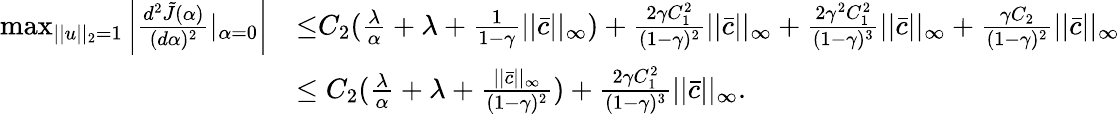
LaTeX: \begin{array}{rl}{\operatorname*{max}_{||u||_{2}=1}\left|\frac{d^{2}\tilde{J}(\alpha)}{(d\alpha)^{2}}|_{\alpha=0}\right|}&{{\le}C_{2}(\frac{\lambda}{\alpha}+\lambda+\frac{1}{1-\gamma}||\bar{c}||_{\infty})+\frac{2\gamma C_{1}^{2}}{(1-\gamma)^{2}}||\bar{c}||_{\infty}+\frac{2\gamma^{2}C_{1}^{2}}{(1-\gamma)^{3}}||\bar{c}||_{\infty}+\frac{\gamma C_{2}}{(1-\gamma)^{2}}||\bar{c}||_{\infty}}\\ &{\le C_{2}(\frac{\lambda}{\alpha}+\lambda+\frac{||\bar{c}||_{\infty}}{(1-\gamma)^{2}})+\frac{2\gamma C_{1}^{2}}{(1-\gamma)^{3}}||\bar{c}||_{\infty}.}\end{array}